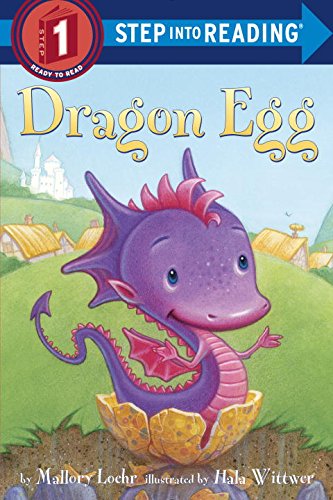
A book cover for Dragon Egg (Step into Reading); Mallory Loehr; Children's Books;